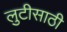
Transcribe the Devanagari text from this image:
लुटीसाठी